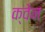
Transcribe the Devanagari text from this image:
क्वेन